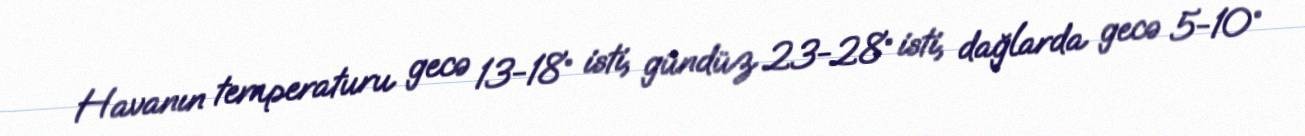
Havanın temperaturu gecə 13-18° isti, gündüz 23-28° isti, dağlarda gecə 5-10°